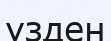
үзден